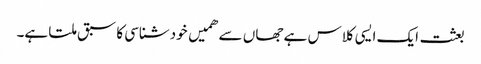
بعثت ایک ایسی کلاس ہے جھاں سے ھمیں خودشناسی کا سبق ملتا ہے۔